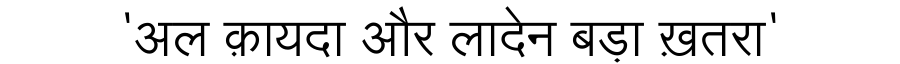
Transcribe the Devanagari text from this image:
'अल क़ायदा और लादेन बड़ा ख़तरा'